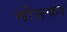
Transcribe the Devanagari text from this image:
मोसका